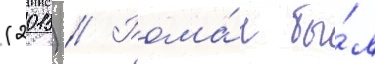
(2015) // Рома́н бы́л